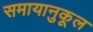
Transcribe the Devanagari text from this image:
समायानुकूल